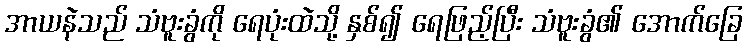
အာယနဲသည် သံဗူးခွံကို ရေပုံးထဲသို့ နှစ်၍ ရေဖြည့်ပြီး သံဗူးခွံ၏ အောက်ခြေ